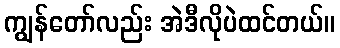
ကျွန်တော်လည်း အဲဒီလိုပဲထင်တယ်။